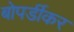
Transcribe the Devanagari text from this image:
बोपर्डीकर